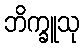
ဘိက္ခူသု